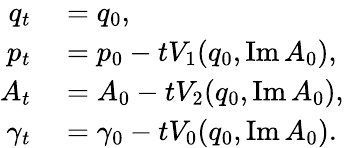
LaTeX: \begin{array}{rl}{q_{t}}&{{}=q_{0},}\\ {p_{t}}&{{}=p_{0}-tV_{1}(q_{0},\operatorname{Im}A_{0}),}\\ {A_{t}}&{{}=A_{0}-tV_{2}(q_{0},\operatorname{Im}A_{0}),}\\ {\gamma_{t}}&{{}=\gamma_{0}-tV_{0}(q_{0},\operatorname{Im}A_{0}).}\end{array}